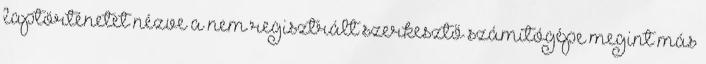
laptörténetet nézve a nem regisztrált szerkesztő számítógépe megint más